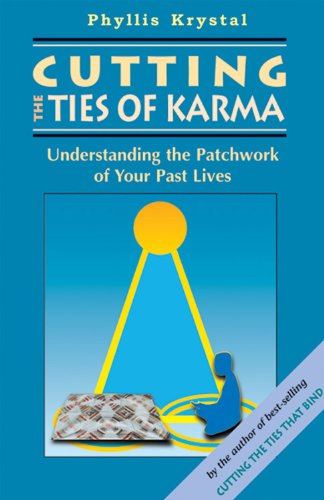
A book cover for Cutting the Ties of Karma; Phyllis Krystal; Religion & Spirituality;